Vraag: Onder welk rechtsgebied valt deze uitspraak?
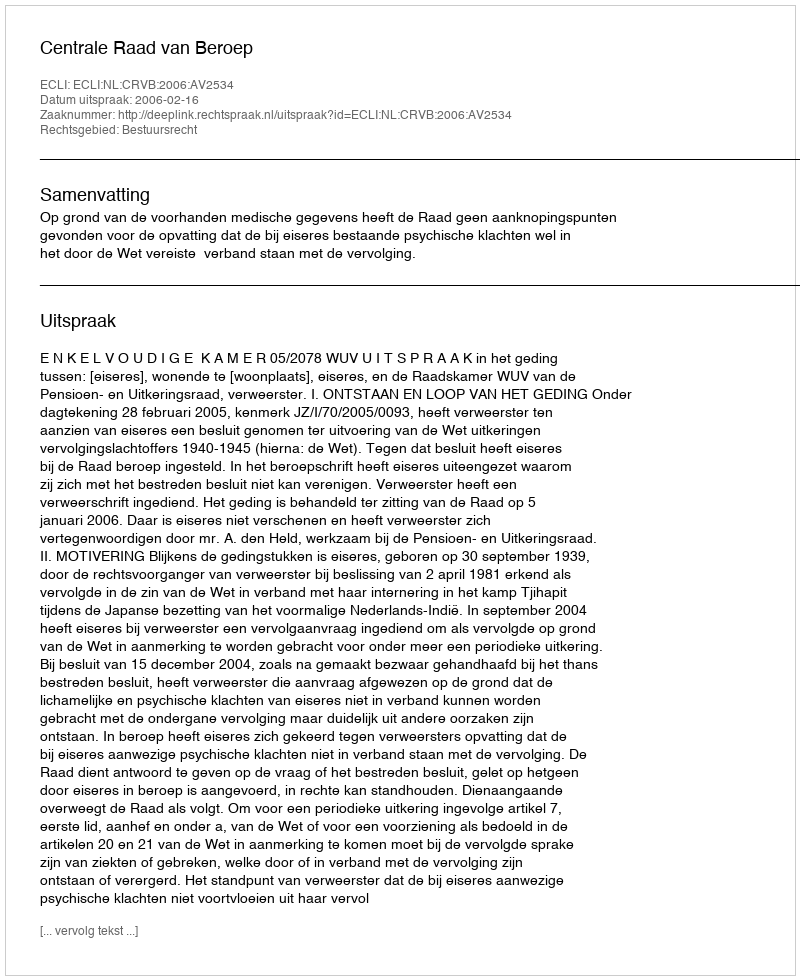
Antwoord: Bestuursrecht